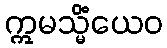
ဣမသ္မိံယေဝ